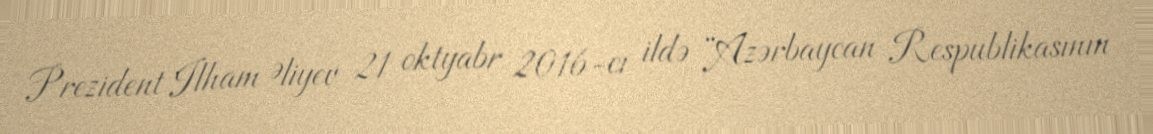
Prezident Ilham Əliyev 21 oktyabr 2016-cı ildə “Azərbaycan Respublikasının